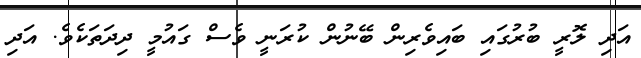
އަދި ލޮރީ ބުރުގައި ބައިވެރިން ބޭނުން ކުރަނީ ވެސް ގައުމީ ދިދަތަކެވެ. އަދި